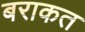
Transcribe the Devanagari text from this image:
बराकत